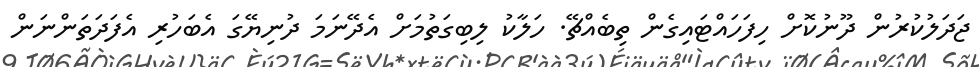
ޖަދަލުކުރުން ދޫނުކޮށް ހިފަހައްޓައިގެން ތިބެއްޗޭ. ހަލާކު ލިބިގަތުމަށް އެދޭނަމަ ދުނިޔޭގަ އެބަހުރި އެފަދަތަންނަން